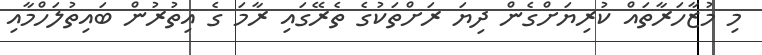
މި މުޒާހަރާތައް ކުރިޔަށްގެން ދިޔަ ރަށްތަކުގެ ތެރޭގައި ރާމަ ގެ އިތުރުން ބައިތުލަހްމާއި